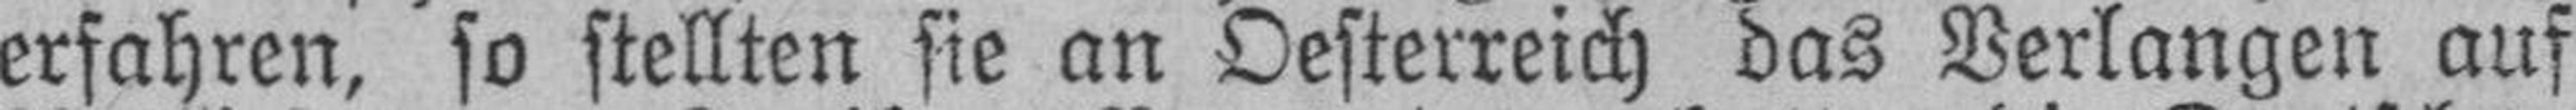
erfahren, so stellten sie an Oesterreich das Verlangen auf